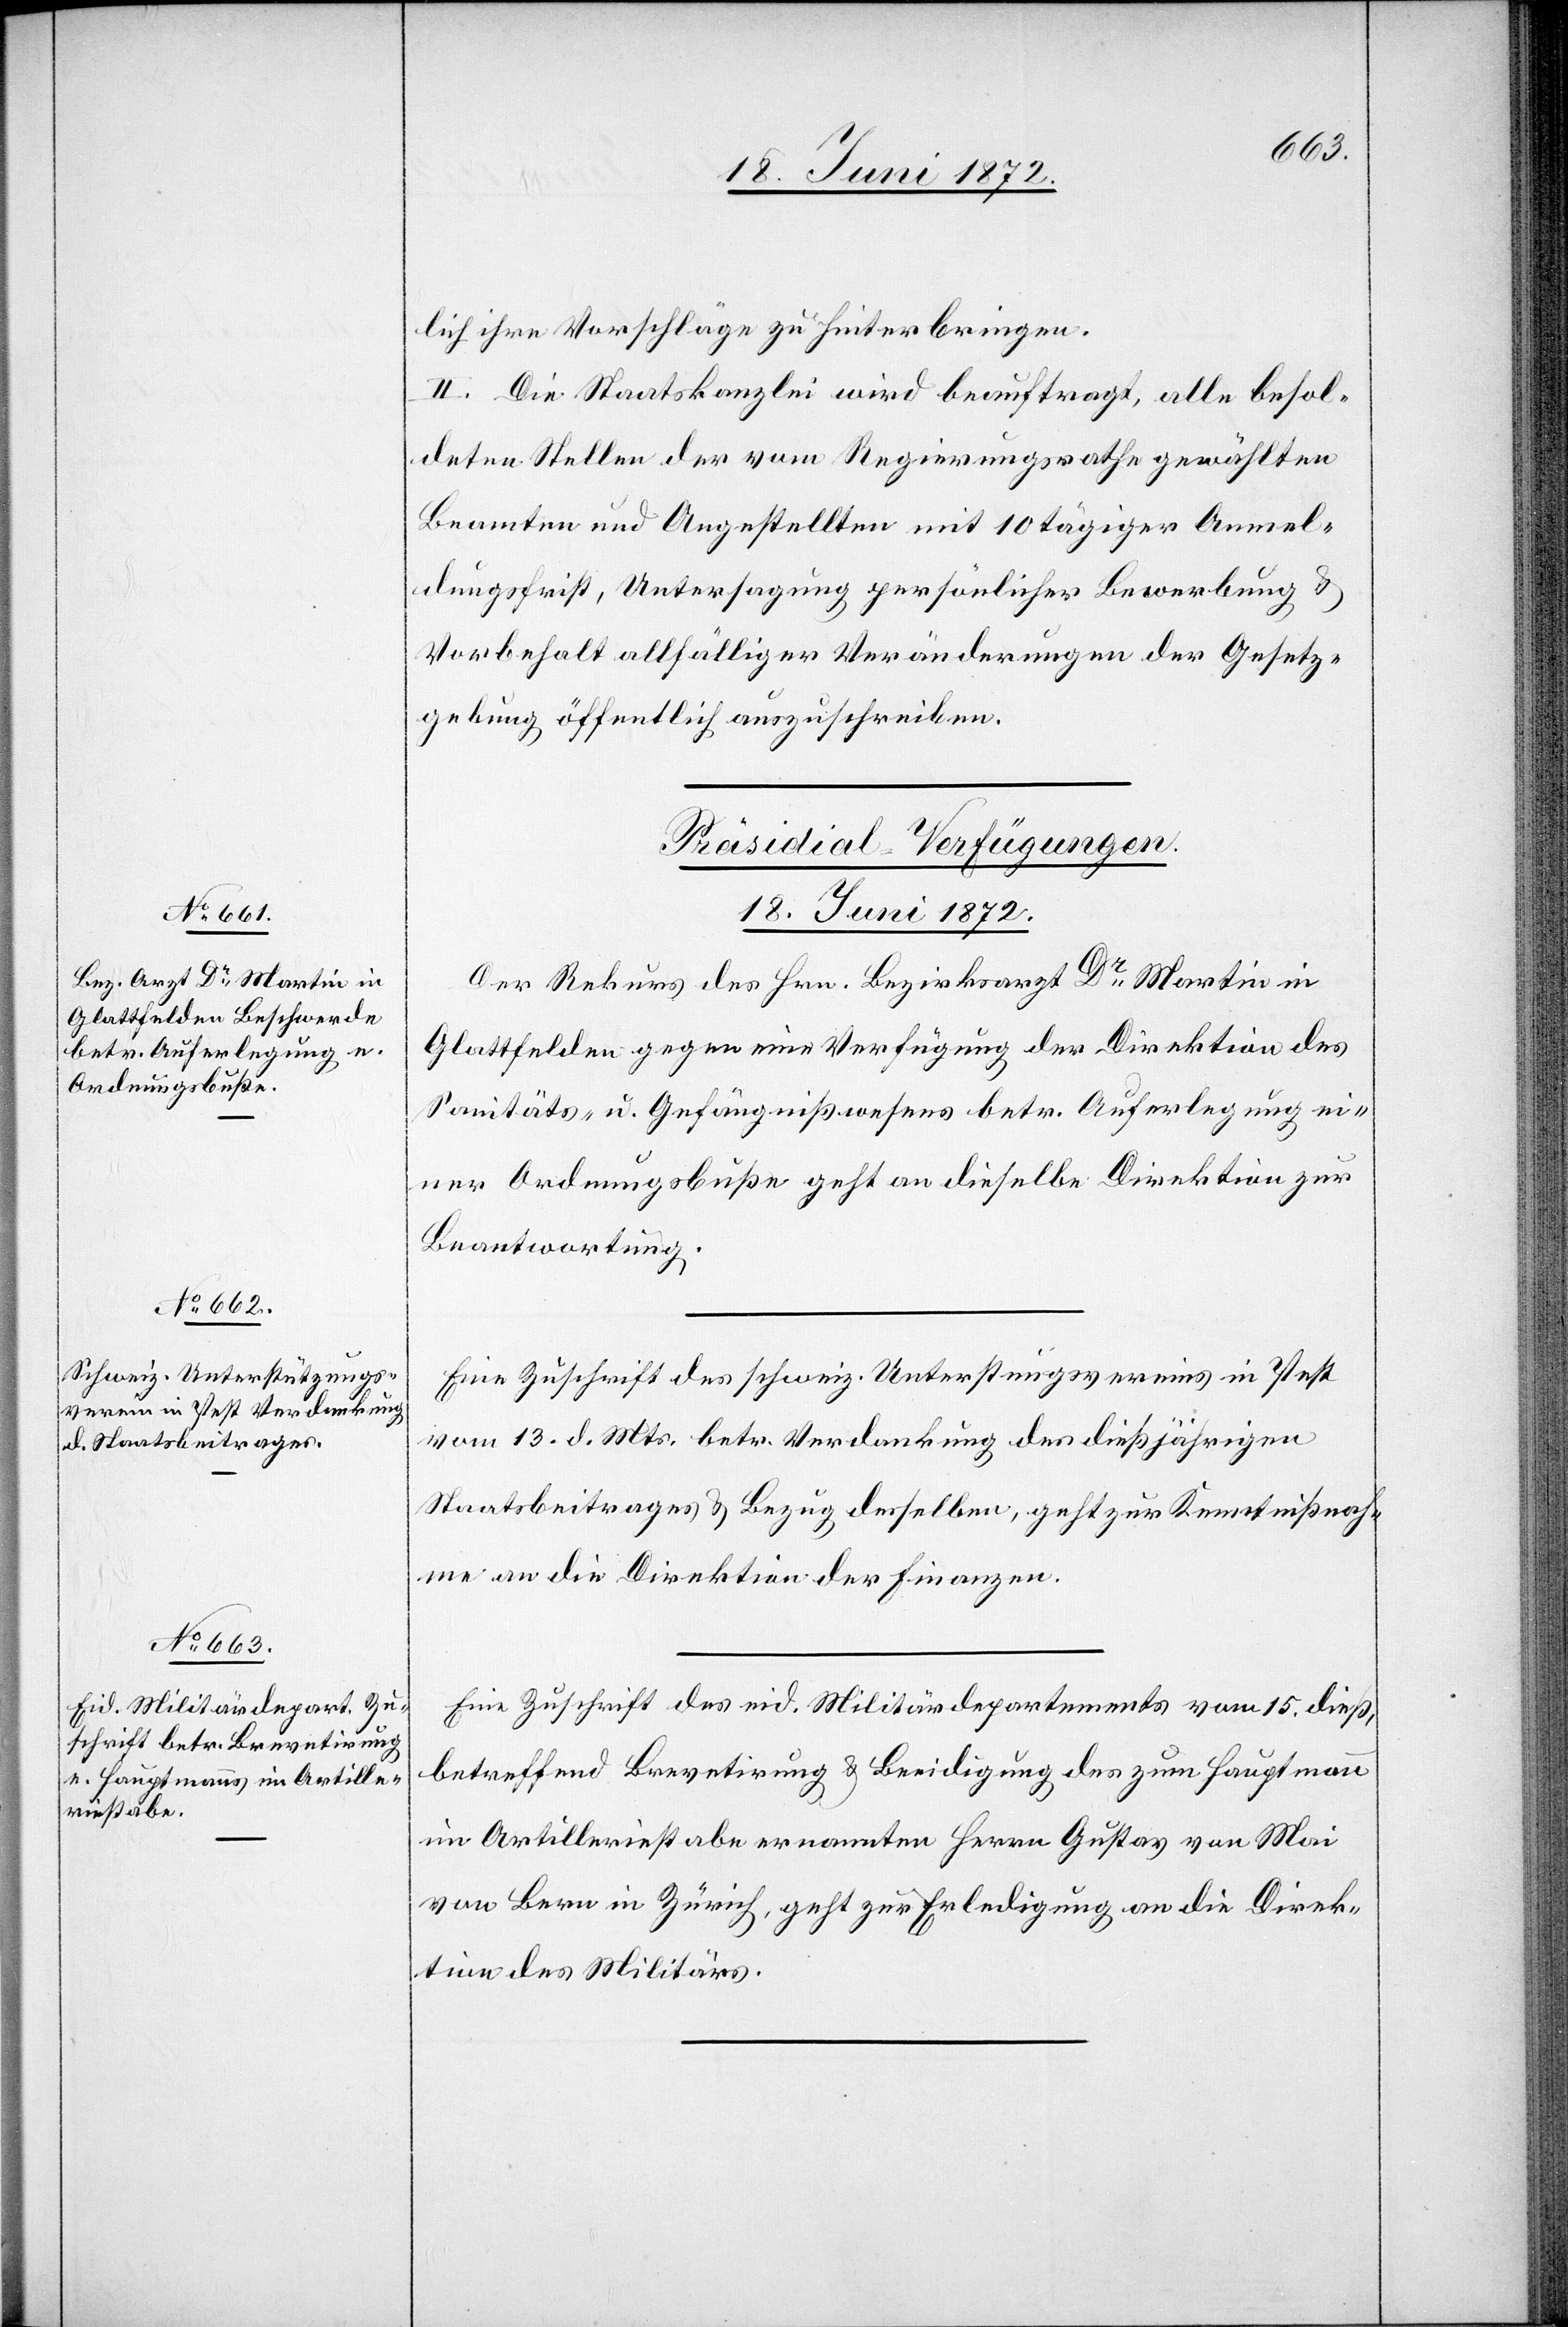
18. Juni 1872.]
lich ihre Vorschläge zu hinterbringen.
II. Die Staatskanzlei wird beauftragt, alle besol¬
deten Stellen der vom Regierungsrathe gewählten
Beamten und Angestellten mit 10 tägiger Anmel¬
dungsfrist, Untersagung persönlicher Bewerbung u.
Vorbehalt allfälliger Veränderungen der Gesetz¬
gebung öffentlich auszuschreiben.
[Präsidial-Verfügungen.
Der Rekurs des Hrn. Bezirksarzt Dr Martin in
Glattfelden gegen eine Verfügung der Direktion des
Sanitäts- u. Gefängnißwesens betr. Auferlegung ei¬
ner Ordnungsbuße geht an dieselbe Direktion zur
Beantwortung.
Eine Zuschrift des schweiz. Unterstützungsvereins in Pest
vom 13. d. Mts. betr. Verdankung des dießjährigen
Staatsbeitrages u. Bezug desselben, geht zur Kenntnißnah¬
me an die Direktion der Finanzen.
Eine Zuschrift des eid. Militärdepartements vom 15. dieß,
betreffend Brevetirung u. Beeidigung des zum Hauptmann
im Artilleriestabe ernannten Herrn Gustav von Mai
von Bern in Zürich, geht zur Erledigung an die Direk¬
tion des Militärs.